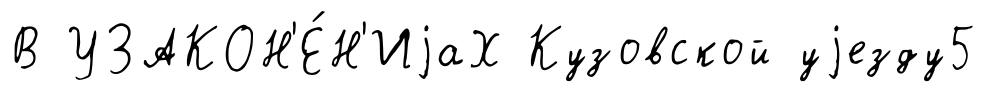
В УЗАКОН'Е́Н'ИjаХ Кузовской уjезду5